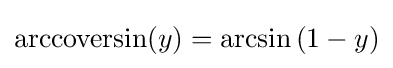
\operatorname {arccoversin} (y)=\arcsin \left(1-y\right)